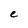
Character: e